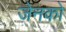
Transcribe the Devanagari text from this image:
जेनको